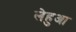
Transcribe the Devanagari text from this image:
लेहुआ